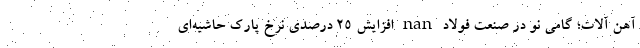
آهن آلات؛ گامی نو در صنعت فولاد nan افزایش ۲۵ درصدی نرخ پارک حاشیه‌ای